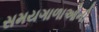
સમયગાળાઓની